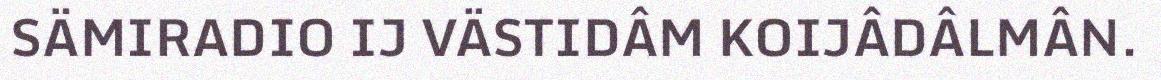
SÄMIRADIO IJ VÄSTIDÂM KOIJÂDÂLMÂN.